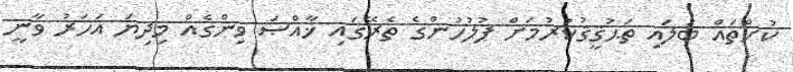
ކުށްތައް ބަލައި ތަޙުޤީޤުކުރުމަށް ފުލުހުންގެ ތެރޭގައި ޚާއްޞަ ވިންގެއް މިދިޔަ އަހަރު ވާނީ